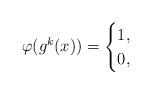
LaTeX: \begin{align*}\varphi(g^k(x)) =\begin{cases}1, &\\0, &\end{cases}\end{align*}